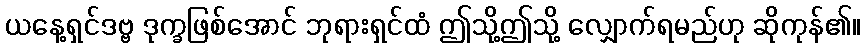
ယနေ့ရှင်ဒဗ္ဗ ဒုက္ခဖြစ်အောင် ဘုရားရှင်ထံ ဤသို့ဤသို့ လျှောက်ရမည်ဟု ဆိုကုန်၏။